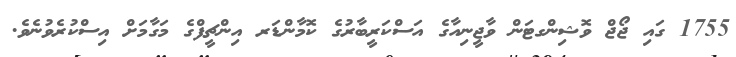
1755 ގައި ޖޯޖް ވޮޝިންގޓަން ވާޖީނިއާގެ އަސްކަރީބާރުގެ ކޮމާންޑަރ އިންޗީފްގެ މަގާމަށް އިސްކުރެވުނެވެ.